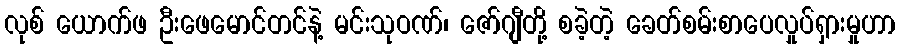
လုစ် ယောက်ဖ ဦးဖေမောင်တင်နဲ့ မင်းသုဝဏ်၊ ဇော်ဂျီတို့ စခဲ့တဲ့ ခေတ်စမ်းစာပေလှုပ်ရှားမှုဟာ